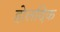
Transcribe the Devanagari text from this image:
होलदिक